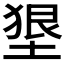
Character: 𡍭